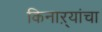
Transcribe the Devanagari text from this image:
किनाऱ्यांचा